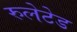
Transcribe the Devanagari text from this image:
रुलेटेड